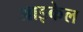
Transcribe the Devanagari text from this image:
आइकेल